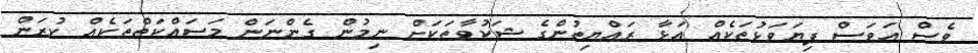
ވެސް އަވަސް ފިޔަވަޅުތަކެއް އަޅާ ރައްޔިތުންގެ ޝަކުވާތަކަށް ނިމުން ގެންނަން މަސައްކަތްތަކެއް ކުރަން